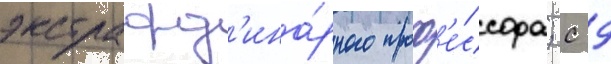
экстраорд'ина́рного проф'е́ссора; с 9